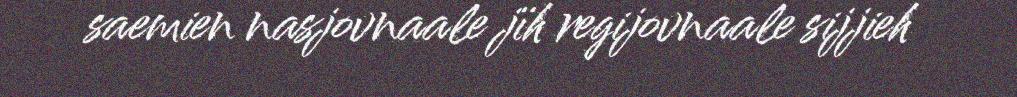
saemien nasjovnaale jïh regijovnaale sijjieh